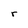
Character: r